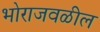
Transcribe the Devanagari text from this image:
भोराजवळील